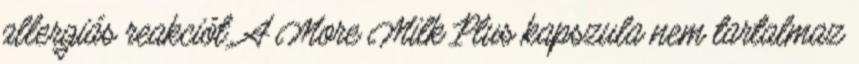
allergiás reakciót. A More Milk Plus kapszula nem tartalmaz